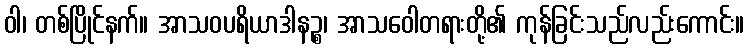
ဝါ၊ တစ်ပြိုင်နက်။ အာသဝပရိယာဒါနဉ္စ၊ အာသဝေါတရားတို့၏ ကုန်ခြင်းသည်လည်းကောင်း။